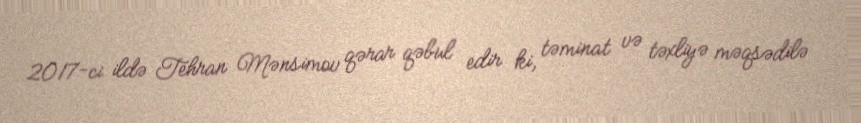
2017-ci ildə Tehran Mənsimov qərar qəbul edir ki, təminat və təxliyə məqsədilə